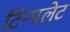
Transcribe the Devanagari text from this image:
टिन्पलेट